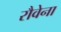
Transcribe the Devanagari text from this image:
रौवेना